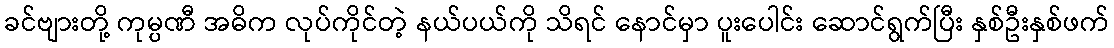
ခင်ဗျားတို့ ကုမ္ပဏီ အဓိက လုပ်ကိုင်တဲ့ နယ်ပယ်ကို သိရင် နောင်မှာ ပူးပေါင်း ဆောင်ရွက်ပြီး နှစ်ဦးနှစ်ဖက်